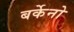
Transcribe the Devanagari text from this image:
बर्केनो